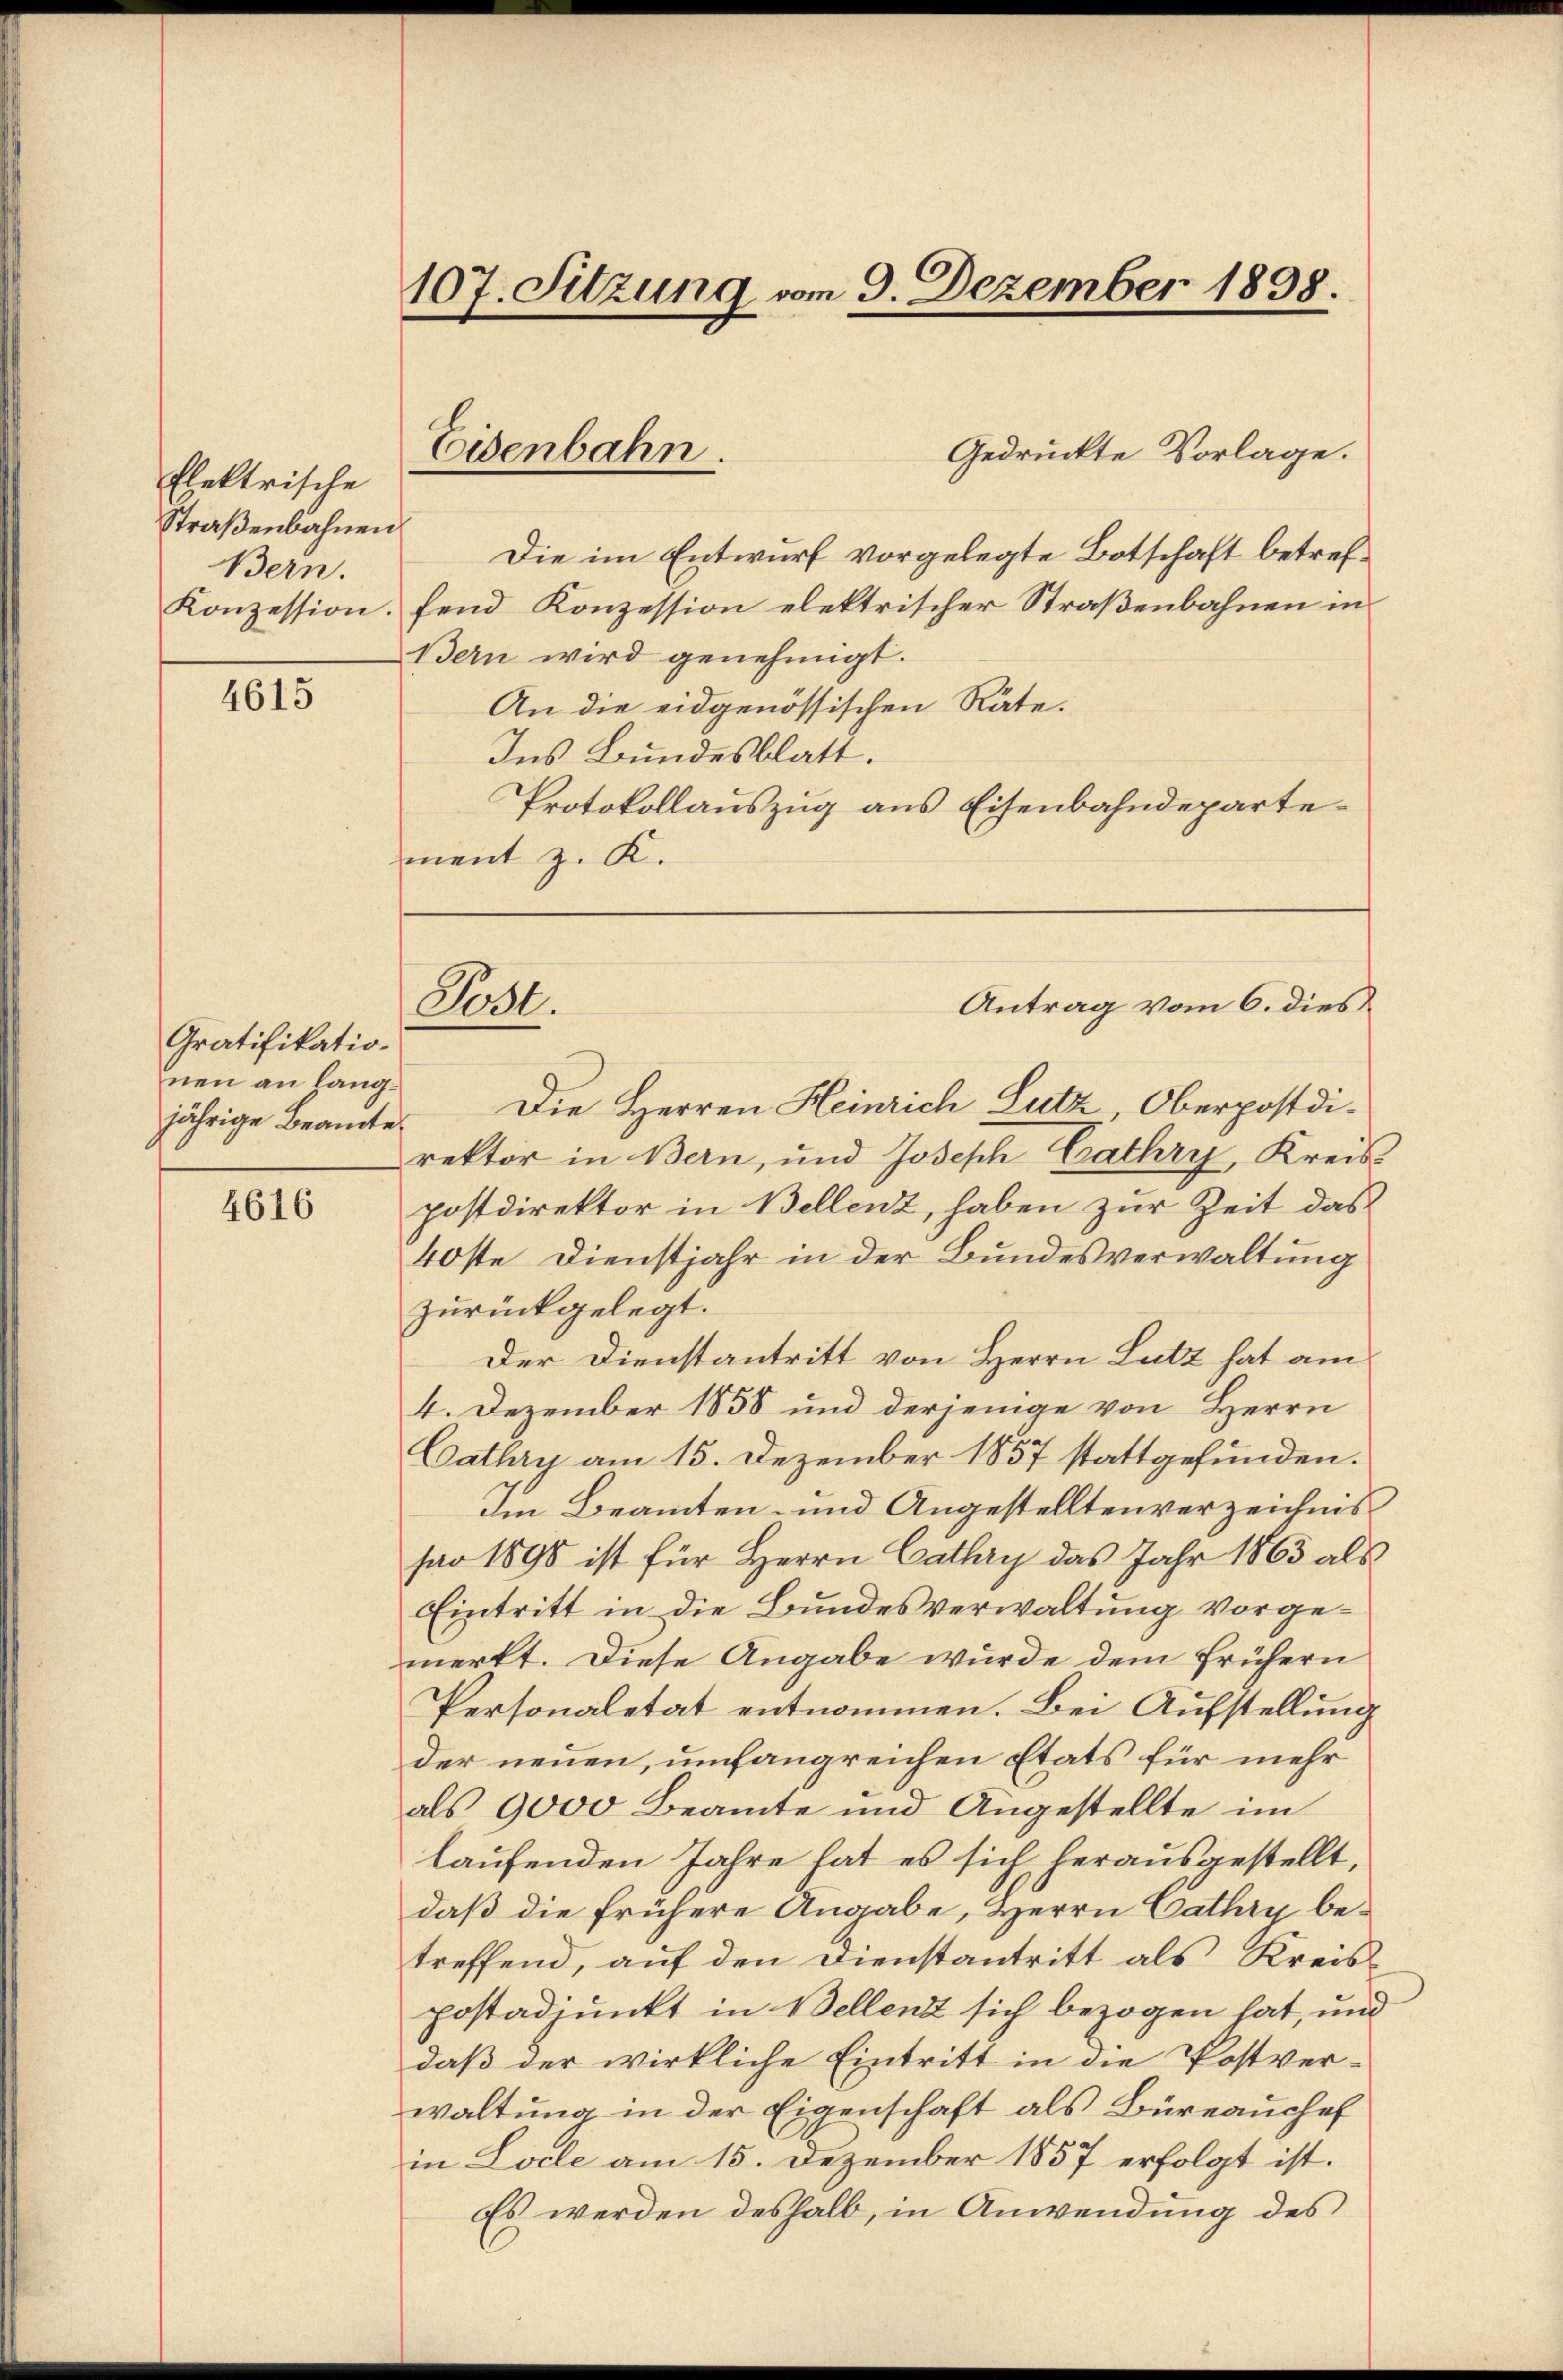
Elektrische
Straßenbahnen
Bern.
Konzession.

4615

Gratifikation
nen an lang¬

4616

107. Sitzung vom 9. Dezember 1898.

Eisenbahn.

Gedrückte Vorlage.
Die im Entwurf vorgelegte Botschaft betreffend Konzession elektrischer Straßenbahnen in
Bern wird genehmigt.
An die eidgenössischen Räte.
Ins Bundesblatt.
Protokollauszug aus Eisenbahndepartement z. K.
Antrag vom 6. dies
jährige Beamte. Die Herren Heinrich Lutz, Oberpostdirektor in Bern, und Joseph Cathry, Kreis
postdirektor in Bellenz, haben zur Zeit das
40ste Dienstjahr in der Bundesverwaltung
zurückgelegt.
Der Dienstantritt von Herrn Lutz hat am
4. Dezember 1858 und derjenige von Herrn
Cathry am 15. Dezember 1857 stattgefunden.
Im Beamten- und Angestelltenverzeichnis
far 1890 ist für Herrn Cathry das Jahr 1863 als
Eintritt in die Bundesverwaltung vorgemerkt. Diese Angabe wurde dem frühern
Personaletät entnommen. Bei Aufstellung
der neuen, umfangreichen Etats für mehr
als 9000 Beamte und Angestellte im
laufenden Jahre hat es sich herausgestellt,
daß die frühere Angabe, Herrn Cathry betreffend, auf den Dienstantritt als Kreispostadjunkt in Bellenz sich bezogen hat, und
daß der wirkliche Eintritt in die Postver-
waltung in der Eigenschaft als Büreauschef
in Locle am 15. Dezember 1857 erfolgt ist.
Es werden deshalb, in Anwendung des

Post.